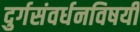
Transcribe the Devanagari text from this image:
दुर्गसंवर्धनविषयी